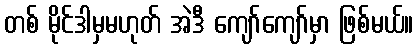
တစ် မိုင်ဒါမှမဟုတ် အဲဒီ ကျော်ကျော်မှာ ဖြစ်မယ်။